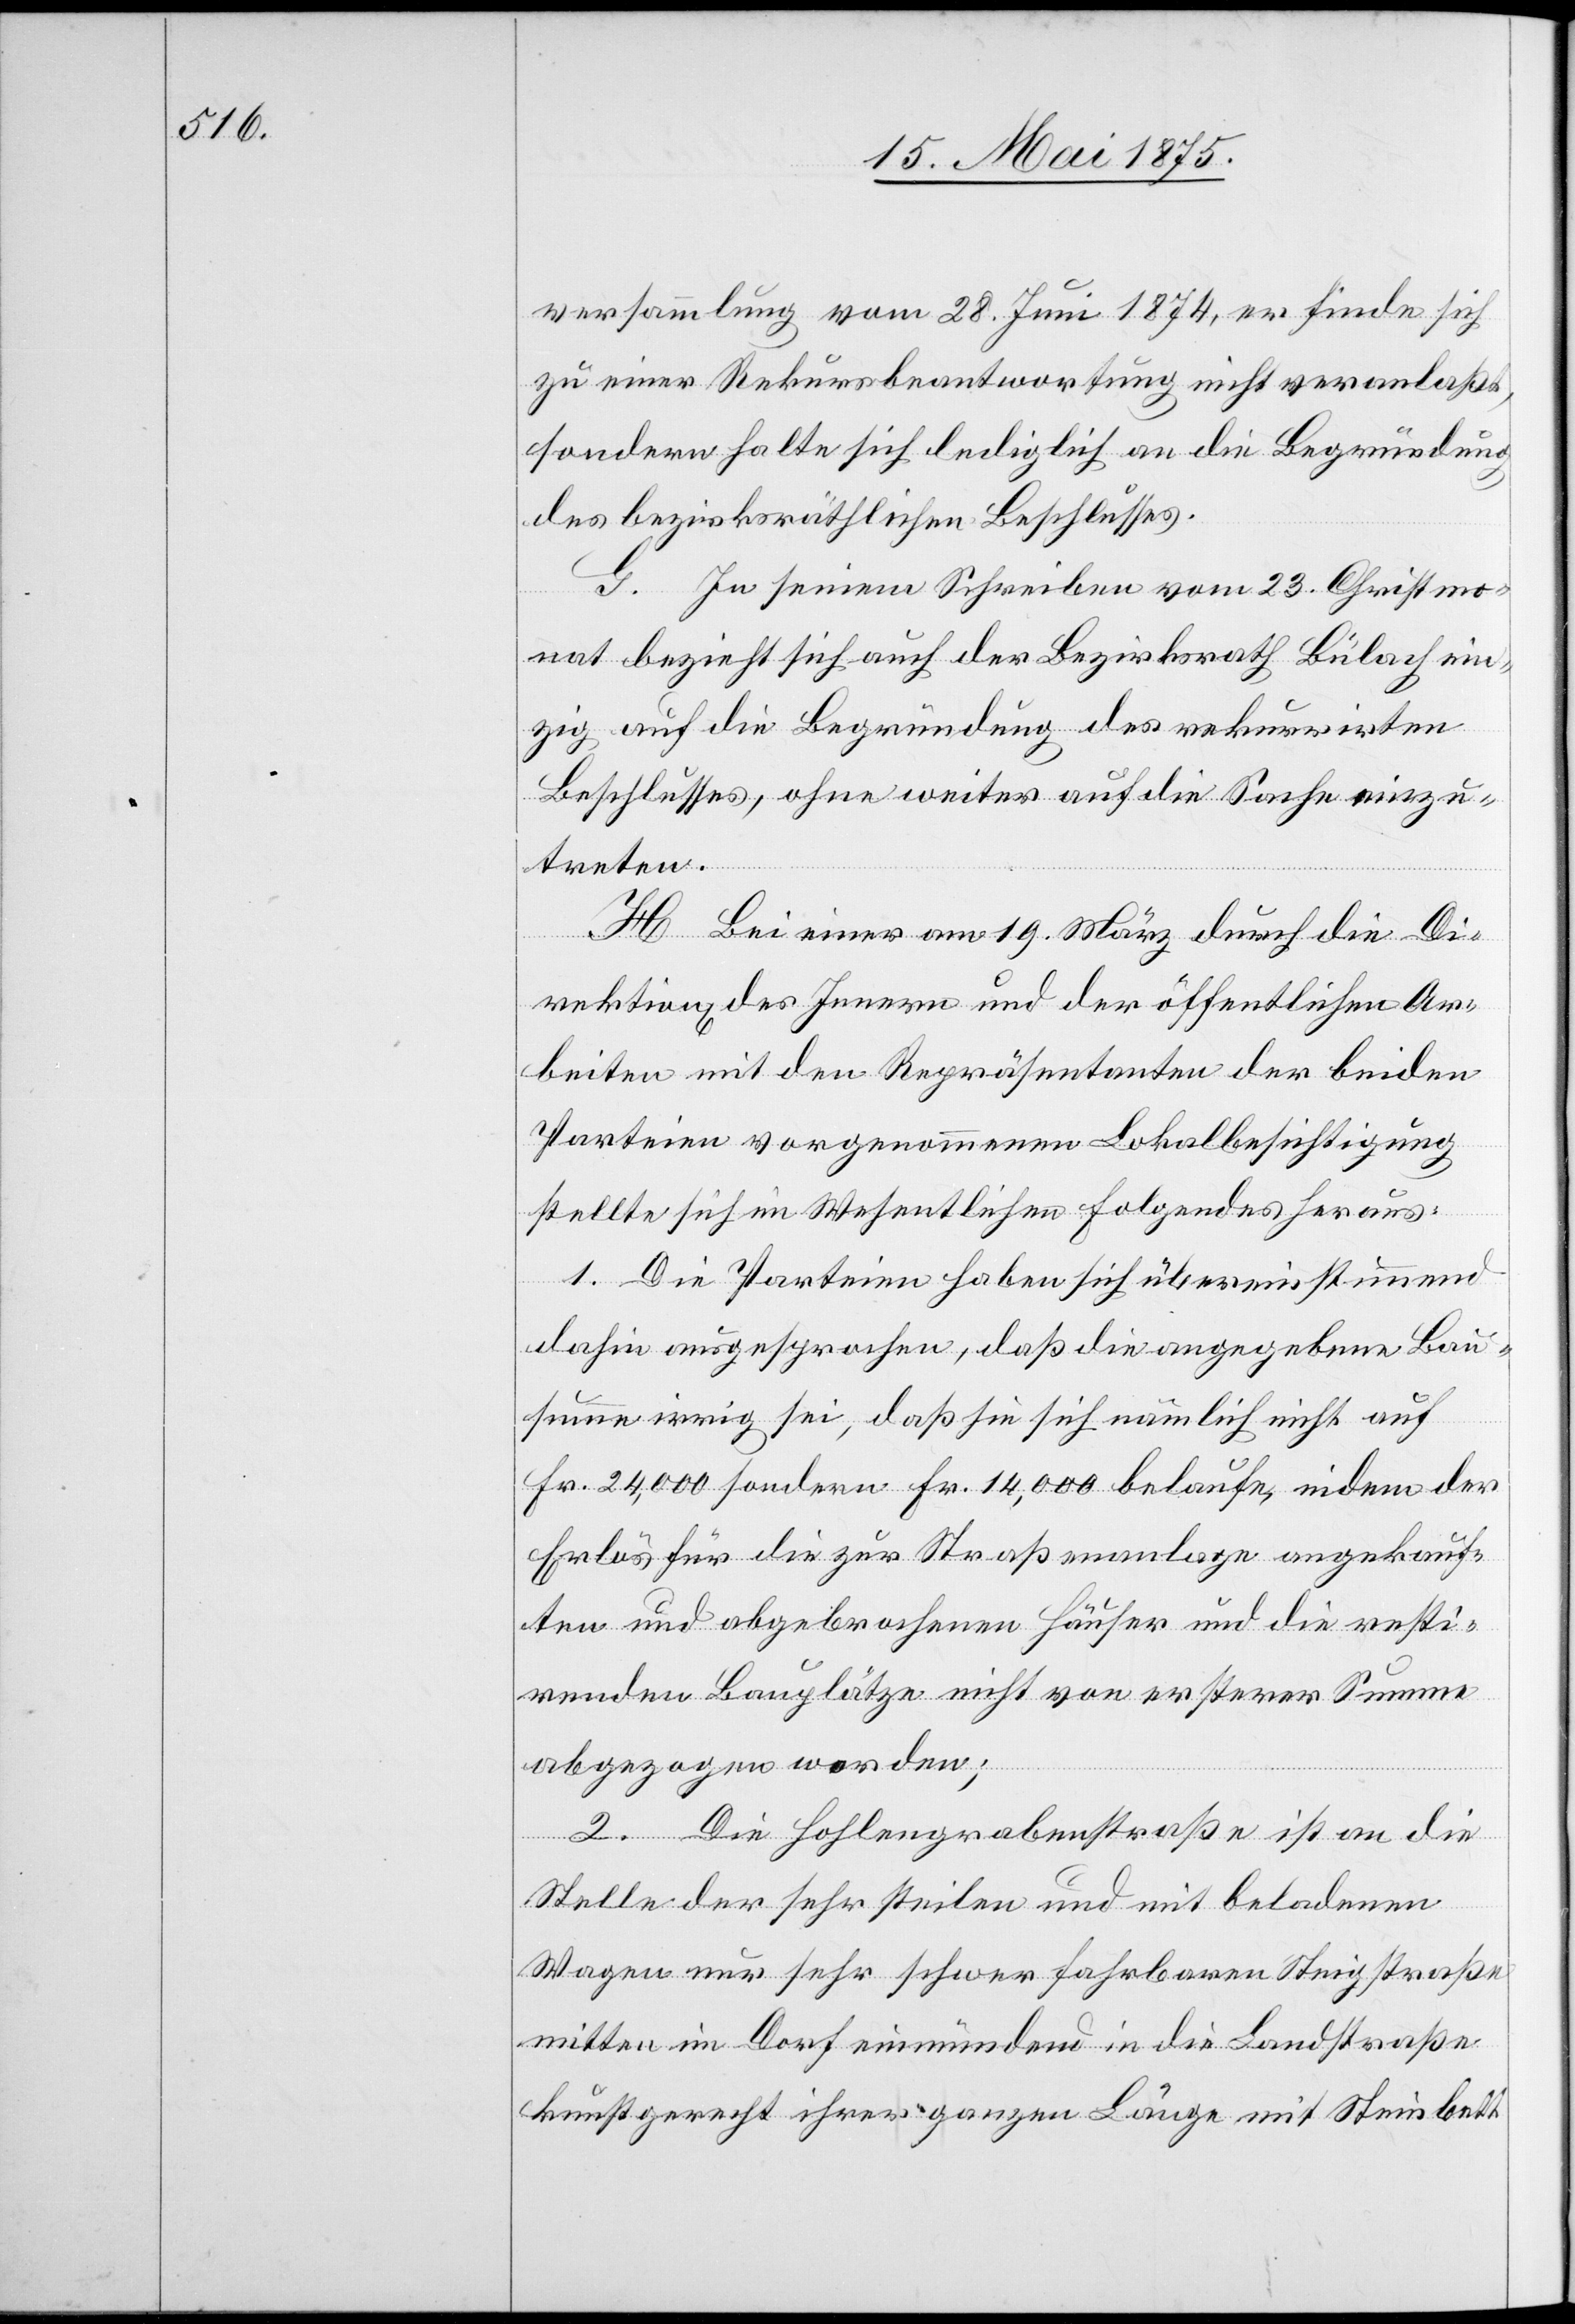
versammlung vom 28. Juni 1874, er finde sich
zu einer Rekursbeantwortung nicht veranlaßt,
sondern halte sich lediglich an die Begründung
des bezirksräthlichen Beschlusses.
G. In seinem Schreiben vom 23. Christmo¬
nat bezieht sich auch der Bezirksrath Bülach ein¬
zig auf die Begründung des rekurrirten
Beschlusses, ohne weiter auf die Sache einzu¬
treten.
H. Bei einer am 19. März durch die Di¬
rektion des Innern und der öffentlichen Ar¬
beiten mit den Repräsentanten der beiden
Parteien vorgenommenen Lokalbesichtigung
stellte sich im Wesentlichen Folgendes heraus:
1. Die Parteien haben sich übereinstimmend
dahin ausgesprochen, daß die angegebene Bau¬
summe irrig sei, daß sie sich nämlich nicht auf
Fr. 24,000 sondern Fr. 14,000 belaufe, indem der
Erlös für die zur Straßenanlage angekauf¬
ten und abgebrochenen Häuser und die resti¬
renden Bauplätze nicht von ersterer Summe
abgezogen worden;
2. Die Hohlengrabenstraße ist an die
Stelle der sehr steilen und mit beladenen
Wagen nur sehr schwer fahrbaren Steigstraße
mitten im Dorf einmündend in die Landstraße
kunstgerecht ihrer ganzen Länge mit Steinbett